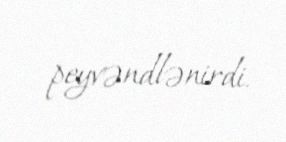
peyvəndlənirdi.